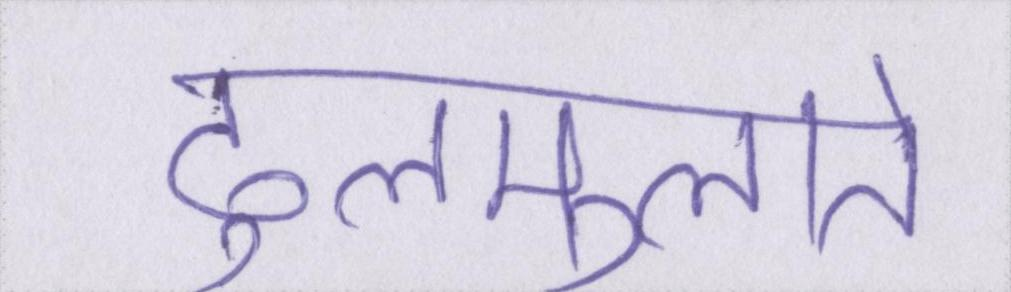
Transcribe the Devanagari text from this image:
ढुलमुलाते